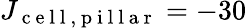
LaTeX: J_{\mathrm{~c~e~l~l~,~p~i~l~l~a~r~}}=-30